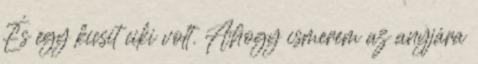
És egy kicsit ciki volt. Ahogy ismerem az anyjára